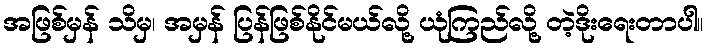
အဖြစ်မှန် သိမှ၊ အမှန် ပြန်ဖြစ်နိုင်မယ်လို့ ယုံကြည်လို့ တဲ့ဒိုးရေးတာပါ။